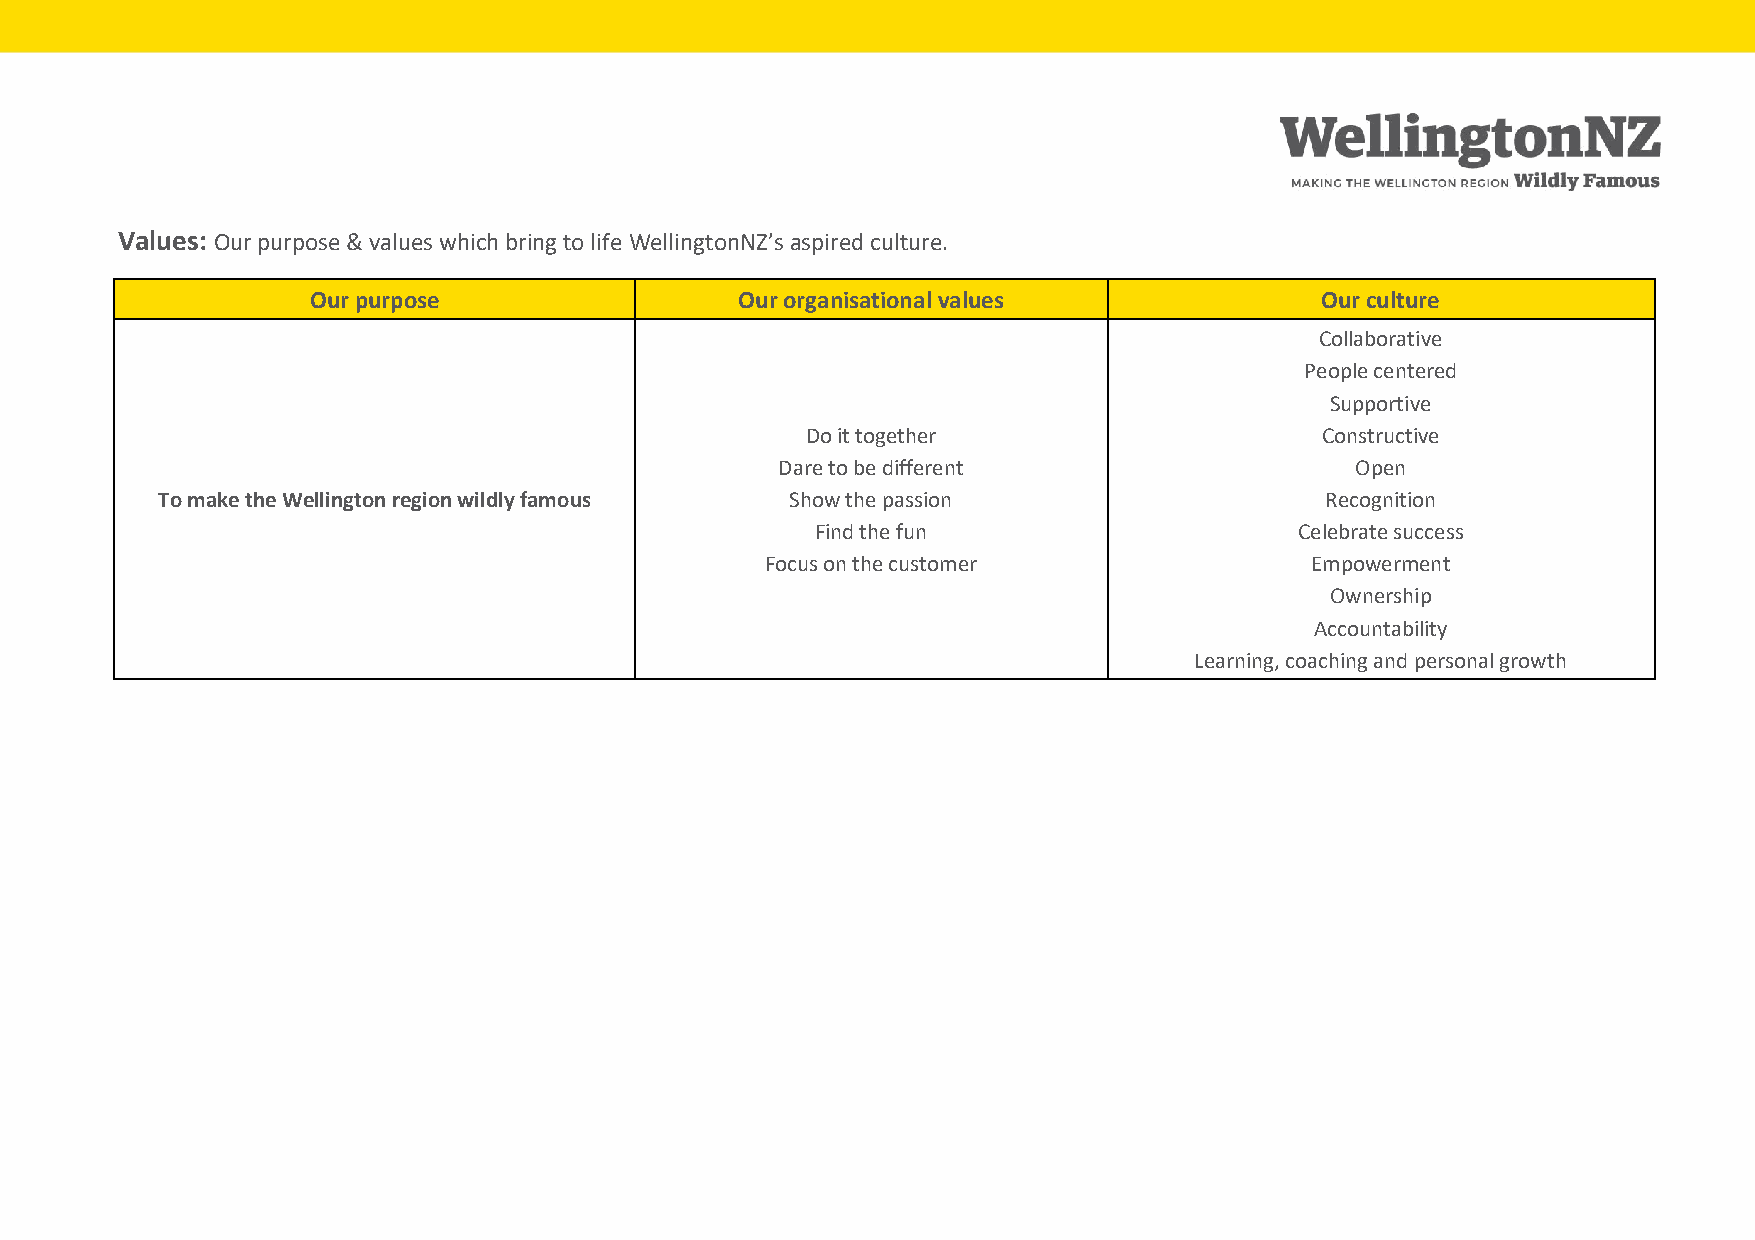
Values: Our purpose & values which bring to life WellingtonNZ’s aspired culture.
 Our purpose                  Our organisational values             Our culture
 Collaborative
 People centered
 Supportive
 Do it together                    Constructive
 Dare to be different                  Open
 To make the Wellington region wildly famous Show the passion                  Recognition
 Find the fun                    Celebrate success
 Focus on the customer               Empowerment
 Ownership
 Accountability
 Learning, coaching and personal growth